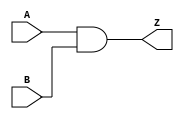
module And(A,B,Z);
  input A,B;
  output reg Z;
  
  always@(*)
    Z= A&B;
endmodule